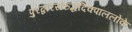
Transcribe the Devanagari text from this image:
पुरद्वारसंरुद्धदिक्पाललोके